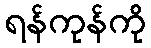
ရန်ကုန်ကို